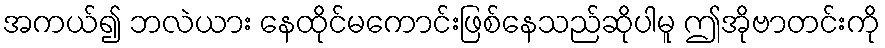
အကယ်၍ ဘလဲယား နေထိုင်မကောင်းဖြစ်နေသည်ဆိုပါမူ ဤအိုဗာတင်းကို